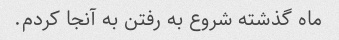
ماه گذشته شروع به رفتن به آنجا کردم.